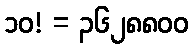
၁၀! = ၃၆၂၈၈၀၀